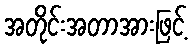
အတိုင်းအတာအားဖြင့်